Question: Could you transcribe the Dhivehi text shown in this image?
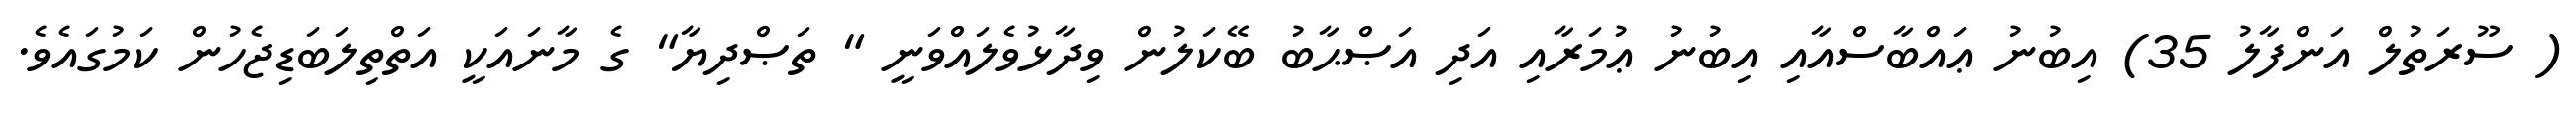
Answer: ( ސޫރަތުލް އަންފާލު 35) އިބުނު ޢައްބާސްއާއި އިބުނު ޢުމަރާއި އަދި އަޞްޙާބު ބޭކަލުން ވިދާޅުވެލައްވަނީ " ތަޞްދިޔާ" ގެ މާނައަކީ އަތްތިލަބަޑިޖެހުން ކަމުގައެވެ.